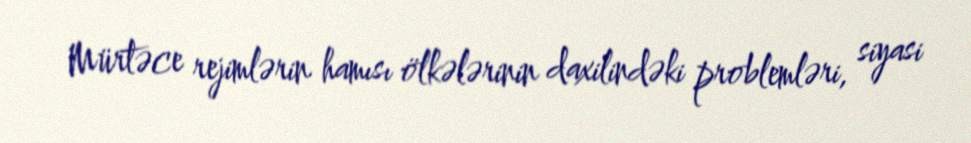
Mürtəce rejimlərin hamısı ölkələrinin daxilindəki problemləri, siyasi